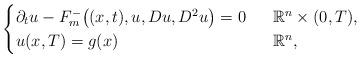
LaTeX: \begin{align*}\begin{cases}\partial_tu-F_m^-\big((x,t),u,Du,D^2u\big)=0~~&\mathbb R^n\times (0,T), \\u(x,T)=g(x)~~&\mathbb R^n,\end{cases}\end{align*}